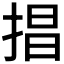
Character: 𢮵